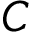
C